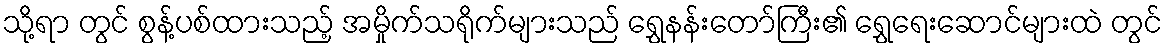
သို့ရာ တွင် စွန့်ပစ်ထားသည့် အမှိုက်သရိုက်များသည် ရွှေနန်းတော်ကြီး၏ ရွှေရေးဆောင်များထဲ တွင်